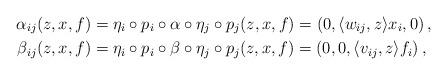
LaTeX: \begin{align*}\alpha_{ij}(z,x,f) &= \eta_i\circ p_i\circ\alpha\circ \eta_j\circ p_j(z,x,f) = \left( 0,\langle w_{ij},z \rangle x_i,0 \right), \\\beta_{ij}(z,x,f) &= \eta_i\circ p_i\circ\beta\circ \eta_j\circ p_j(z,x,f) = \left(0,0,\langle v_{ij},z \rangle f_i\right), \end{align*}